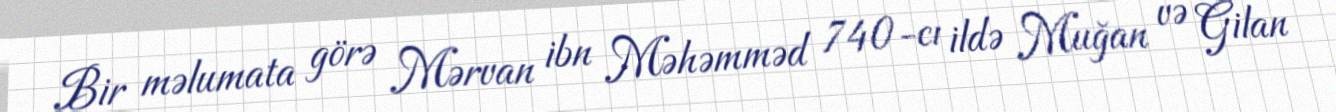
Bir məlumata görə Mərvan ibn Məhəmməd 740-cı ildə Muğan və Gilan